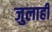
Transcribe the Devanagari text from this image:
जुलाही